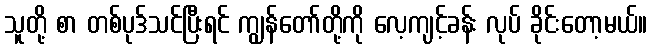
သူတို့ စာ တစ်ပုဒ်သင်ပြီးရင် ကျွန်တော်တို့ကို လေ့ကျင့်ခန်း လုပ် ခိုင်းတော့မယ်။